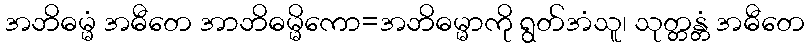
အဘိဓမ္မံ အဓီတေ အာဘိဓမ္မိကော=အဘိဓမ္မာကို ရွတ်အံသူ၊ သုတ္တန္တံ အဓီတေ